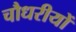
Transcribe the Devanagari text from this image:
चौधरीयों